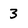
Character: 3